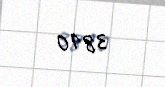
3810